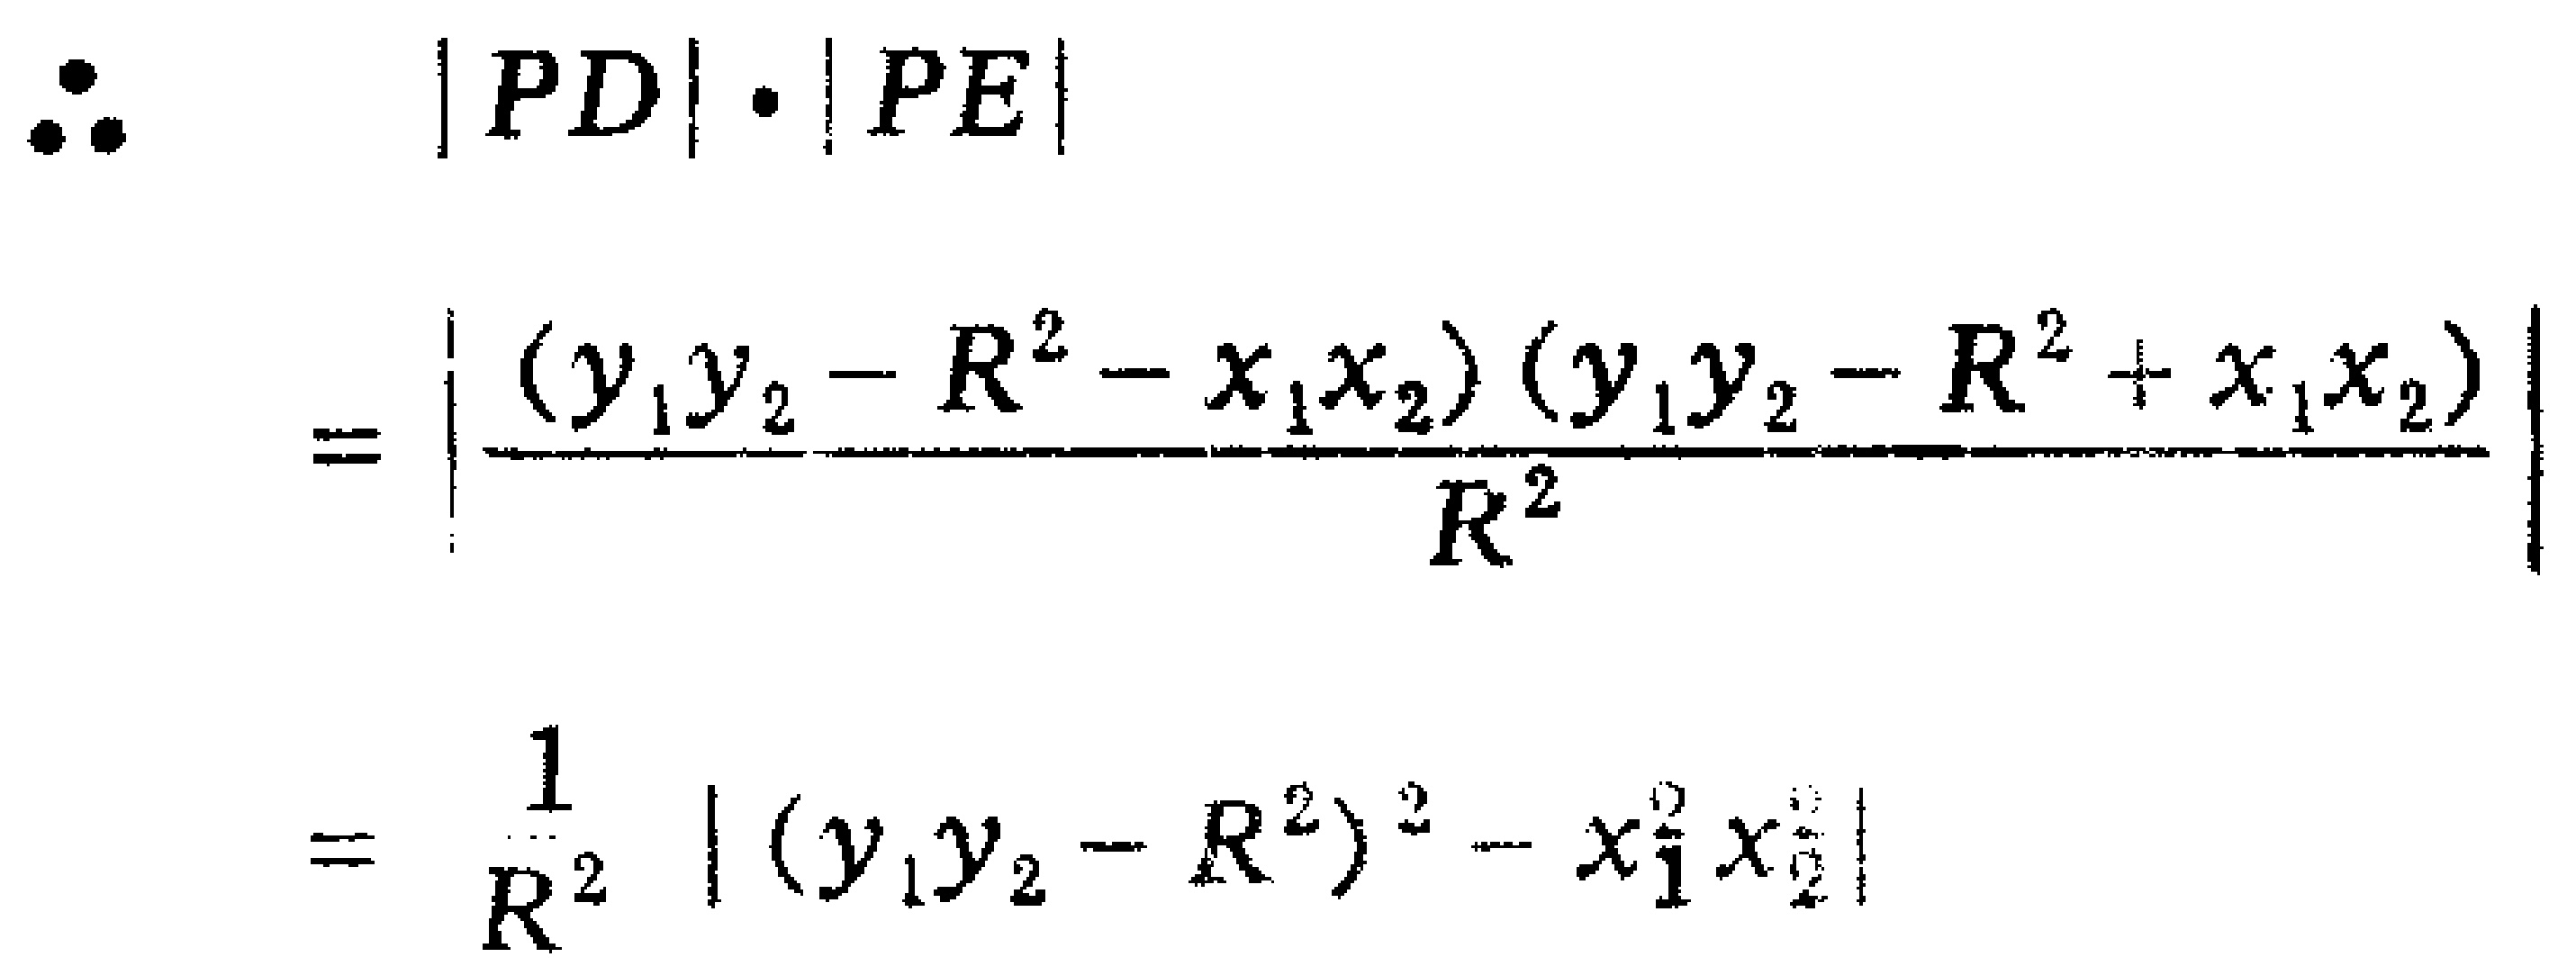
\[
\begin{align*}
\therefore\quad |PD|\cdot|PE|&\\
&=\left|\frac{(y_1y_2 - R^2 - x_1x_2)(y_1y_2 - R^2 + x_1x_2)}{R^2}\right|\\
&=\frac{1}{R^2}\left|(y_1y_2 - R^2)^2 - x_1^2x_2^2\right|
\end{align*}
\]